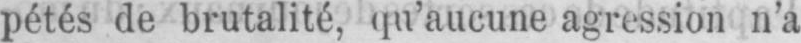
pétés de brutalité, qu’aucune agression n’a